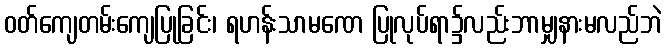
ဝတ်ကျေတမ်းကျေပြုခြင်း၊ ရဟန်းသာမဏေ ပြုလုပ်ရာ၌လည်းဘာမျှနားမလည်ဘဲ